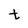
Character: t